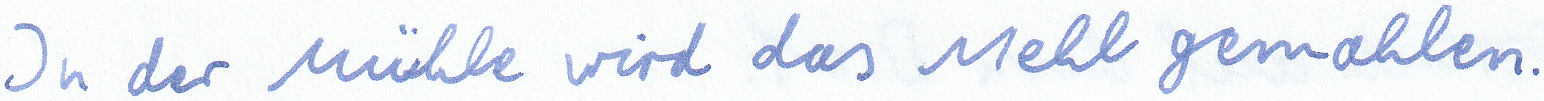
In der Mühle wird das Mehl gemahlen.